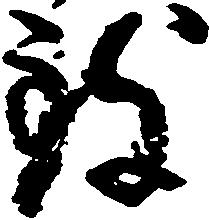
致